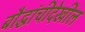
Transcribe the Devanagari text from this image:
बौद्धांचीदेखील